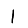
Digit: 1